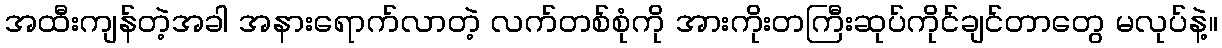
အထီးကျန်တဲ့အခါ အနားရောက်လာတဲ့ လက်တစ်စုံကို အားကိုးတကြီးဆုပ်ကိုင်ချင်တာတွေ မလုပ်နဲ့။